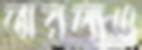
তারল্যও